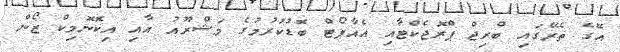
އޭގެ ތެރޭގައި ބްރިޖް ޕްރޮޖެކްޓާއި އެއާޕޯޓް ބޮޑުކުރުމުގެ މަޝްރޫއު އާއި އިކޮނޮމިކް ޒޯން